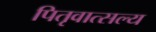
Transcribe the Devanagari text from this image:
पितृवात्सल्य